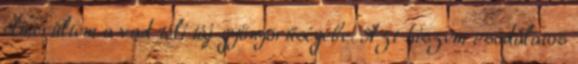
elmerültem a vad téli táj gyönyörűségébe. Azt hiszem csodálatos